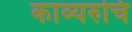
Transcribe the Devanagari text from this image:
काव्यरुचि